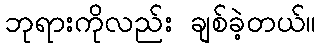
ဘုရားကိုလည်း ချစ်ခဲ့တယ်။